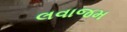
લવાજમ